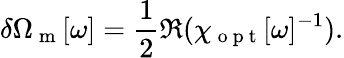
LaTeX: \delta\Omega_{\mathrm{~m~}}[\omega]=\frac{1}{2}\Re{(\chi_{\mathrm{~o~p~t~}}[\omega]^{-1})}.